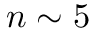
n \sim 5